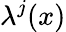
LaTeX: \lambda^{j}(x)